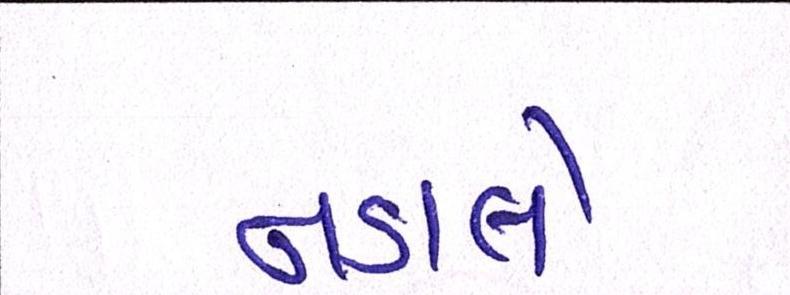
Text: નડાલે